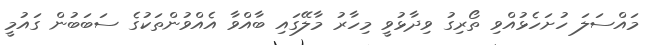
މައްސަލަ ހުށަހެޅުއްވި ތޯރިގު ވިދާޅުވީ މިހާރު މާލޭގައި ބާއްވާ އެއްވުންތަކުގެ ސަބަބުން ގައުމީ